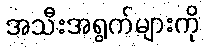
အသီးအရွက်များကို